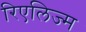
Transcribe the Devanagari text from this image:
रिएलिज्म